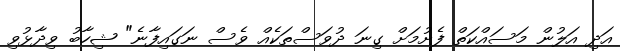
އަދި އަލުން މަސައްކަތް ފެށުމަށް ގިނަ ދުވަސްތަކެއް ވެސް ނަގައިފާނެ" ޝިހާބު ވިދާޅުވި